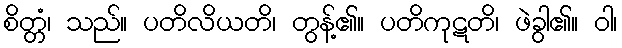
စိတ္တံ၊ သည်။ ပတိလိယတိ၊ တွန့်၏။ ပတိကုဋတိ၊ ဖဲခွါ၏။ ဝါ၊